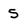
Character: S